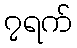
၇ရက်